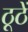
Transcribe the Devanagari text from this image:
ठूठें